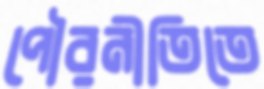
পৌরনীতিতে